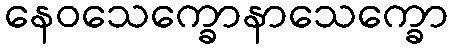
နေဝသေက္ခောနာသေက္ခော